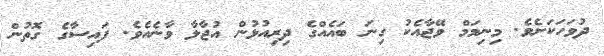
ދުވަހަކަށެެވެ. މިނިމަމް ވޭޖާއެކު ގިނަ ބައެއްގެ ދިރިއުޅުން އުޖާލާ ވާނެއެވެ. ފައިސާގެ ގޮތުން